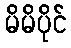
မိမိပိုင်